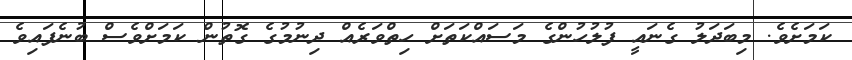
ކަމަށެވެ. މިބަދަލު ގެނައީ ފުލުހުންގެ މަސައްކަތަށް ހިތްވަރެއް ދިނުމުގެ ގޮތުން ކަމަށްވެސް ބުނެފައިވެ